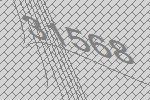
31568